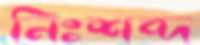
নিঃশব্দ